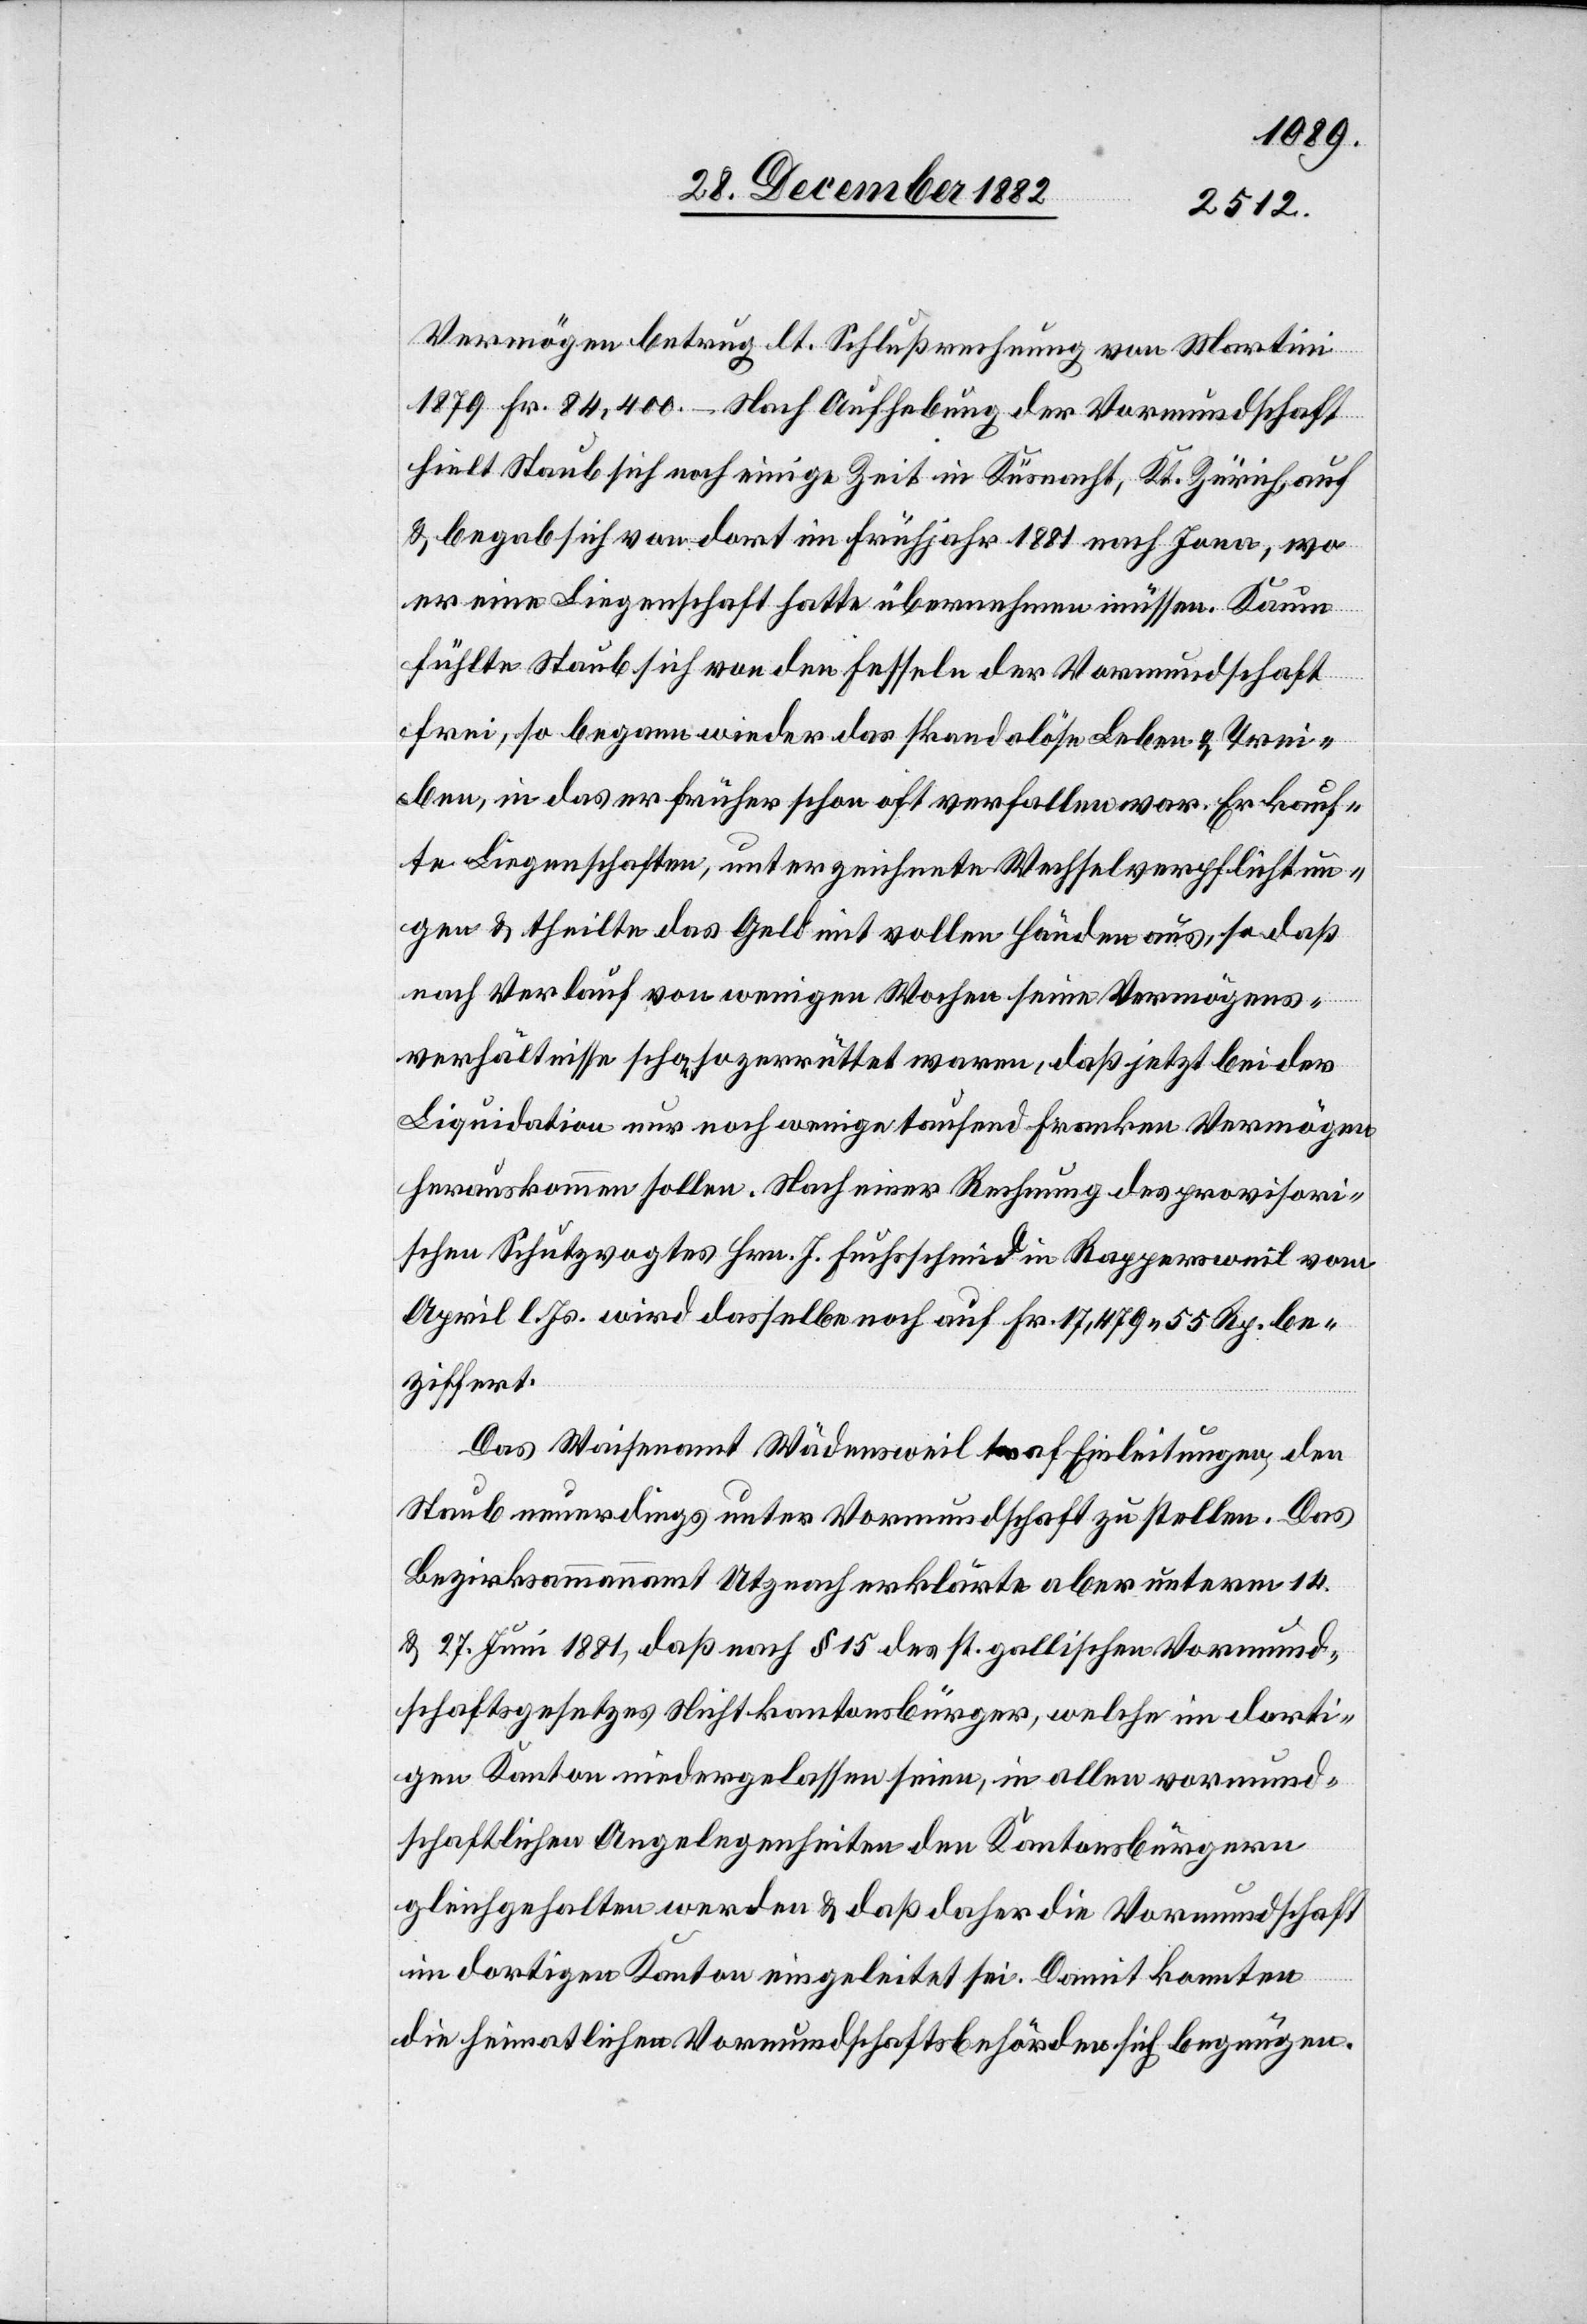
Vermögen betrug lt. Schlußrechnung von Martini
1879 Fr. 84,400 – Nach Aufhebung der Vormundschaft
hielt Staub sich noch einige Zeit in Küsnacht, Kt. Zürich auf
& begab sich von dort im Frühjahr 1881 nach Jona, wo
er eine Liegenschaft hatte übernehmen müssen. Kaum
fühlte Staub sich von den Fesseln der Vormundschaft
frei, so begann wieder das skandalöse Leben & Trei¬
ben, in das er früher schon oft verfallen war. Er kauf¬
te Liegenschaften, unterzeichnete Wechselverpflichtun¬
gen & theilte das Geld mit vollen Händen aus, so daß
nach Verlauf von wenigen Wochen seine Vermögens¬
verhältnisse schon so zerrüttet waren, daß jetzt bei der
Liquidation nur noch wenige tausend Franken Vermögen
herauskommen sollen. Nach einer Rechnung des provisori¬
schen Schutzvogtes Hrn. J. Fuchsschmid in Rappersweil vom
April l. Js. wird dasselbe noch auf Fr. 17,479 55 Rp. be¬
ziffert.
Das Waisenamt Wädensweil traf Einleitungen, den
Staub neuerdings unter Vormundschaft zu stellen. Das
Bezirksammannamt Utznach erklärte aber unterm 14.
& 27. Juni 1881, daß nach § 15 des st. gallischen Vormund¬
schaftsgesetzes Nichtkantonsbürger, welche im dorti¬
gen Kanton niedergelassen seien, in allen vormund¬
schaftlichen Angelegenheiten den Kantonsbürgern
gleichgehalten werden & daß daher die Vormundschaft
im dortigen Kanton eingeleitet sei. Damit konnten
die heimatlichen Vormundschaftsbehörden sich begnügen.